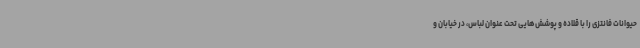
حیوانات فانتزی را با قلاده و پوشش‌هایی تحت عنوان لباس، در خیابان و